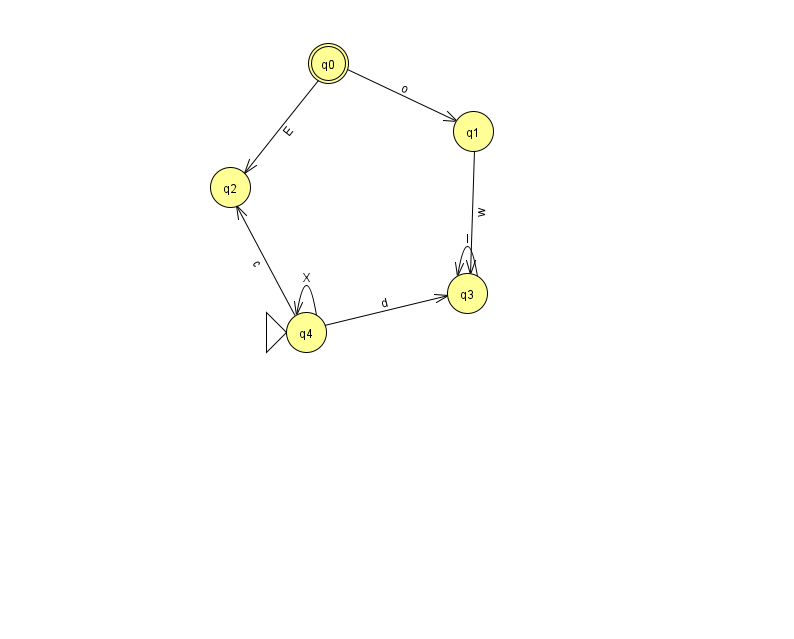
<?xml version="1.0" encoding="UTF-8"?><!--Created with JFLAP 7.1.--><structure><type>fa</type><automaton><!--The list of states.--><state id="0" name="q0"><x>328.0</x><y>50.0</y><final/></state><state id="1" name="q1"><x>473.0</x><y>118.0</y></state><state id="2" name="q2"><x>230.0</x><y>174.0</y></state><state id="3" name="q3"><x>467.0</x><y>280.0</y></state><state id="4" name="q4"><x>306.0</x><y>319.0</y><initial/></state><!--The list of transitions.--><transition><from>0</from><to>2</to><read>E</read></transition><transition><from>0</from><to>1</to><read>o</read></transition><transition><from>4</from><to>4</to><read>X</read></transition><transition><from>3</from><to>3</to><read>I</read></transition><transition><from>1</from><to>3</to><read>w</read></transition><transition><from>4</from><to>2</to><read>c</read></transition><transition><from>4</from><to>3</to><read>d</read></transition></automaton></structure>